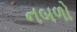
નબળો